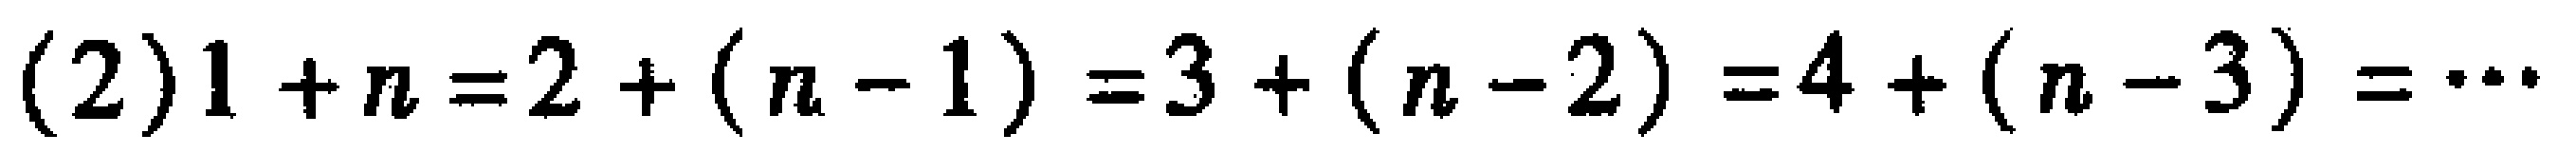
(2)$1 + n = 2 + (n - 1)=3+(n - 2)=4+(n - 3)=\cdots$